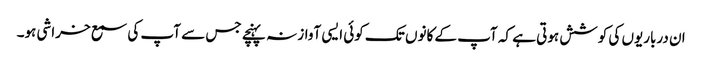
ان درباریوں کی کوشش ہوتی ہے کہ آپ کے کانوں تک کوئی ایسی آواز نہ پہنچے جس سے آپ کی سمع خراشی ہو۔